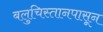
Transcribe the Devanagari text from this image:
बलुचिस्तानपासून